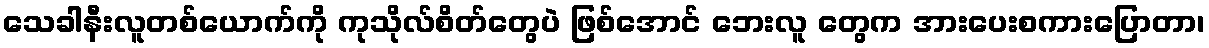
သေခါနီးလူတစ်ယောက်ကို ကုသိုလ်စိတ်တွေပဲ ဖြစ်အောင် ဘေးလူ တွေက အားပေးစကားပြောတာ၊